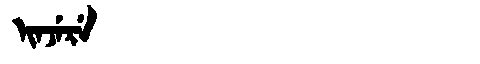
Manchu: ᡳᠨᠵᡝᡵᡝ
Romanization: INJERE